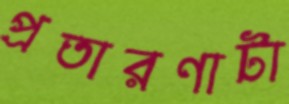
প্রতারণাটা